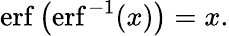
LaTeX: \operatorname{erf}\left(\operatorname{erf}^{-1}(x)\right)=x.